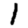
Digit: 1